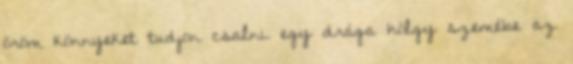
öröm könnyeket tudjon csalni egy drága hölgy szemébe az